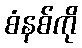
စံနစ်ကို